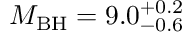
M _ { \mathrm { B H } } = 9 . 0 _ { \mathrm { - 0 . 6 } } ^ { + 0 . 2 }